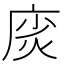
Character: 𫷲